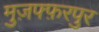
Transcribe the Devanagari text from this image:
मुज़फ्फ़रपुर